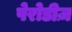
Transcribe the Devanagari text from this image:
पेरोडीज़